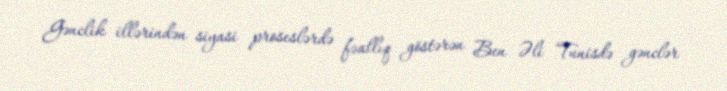
Gənclik illərindən siyasi proseslərdə fəallıq göstərən Ben Əli Tunisdə gənclər